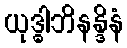
ယုဒ္ဓါဘိနန္ဒိနံ